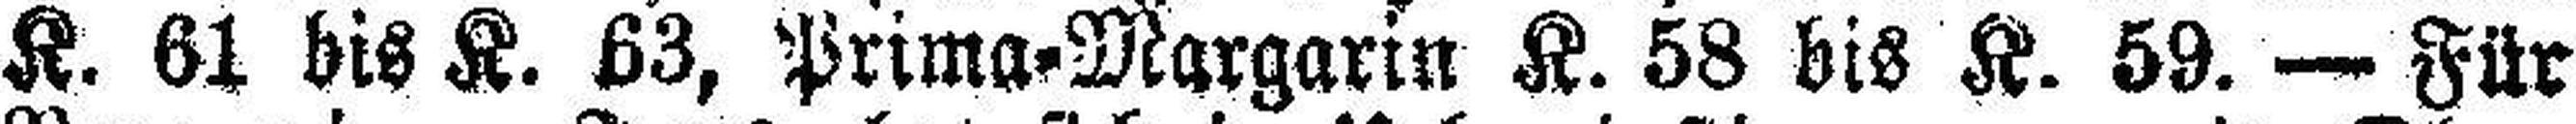
K. 61 bis K. 63, Prima=Margarin K. 58 bis K. 59. — Für